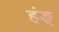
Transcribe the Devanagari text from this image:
हंङ्